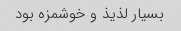
بسیار لذیذ و خوشمزه بود